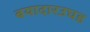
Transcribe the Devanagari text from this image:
बयादारउघड